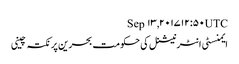
Sep ۱۳, ۲۰۱۷ ۱۲:۵۰ UTC
ایمنسٹی انٹرنیشنل کی حکومت بحرین پر نکتہ چینی